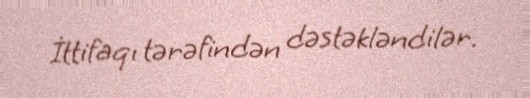
İttifaqı tərəfindən dəstəkləndilər.